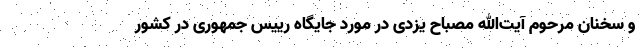
و سخنان مرحوم آیت‌الله مصباح یزدی در مورد جایگاه رییس جمهوری در کشور